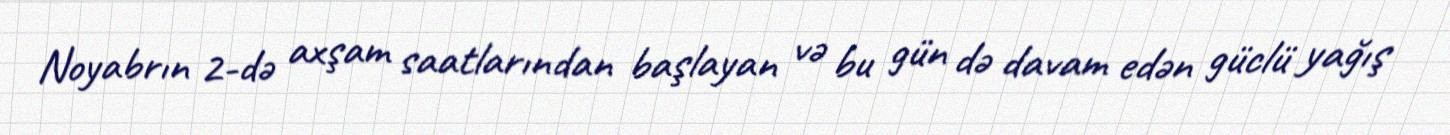
Noyabrın 2-də axşam saatlarından başlayan və bu gün də davam edən güclü yağış